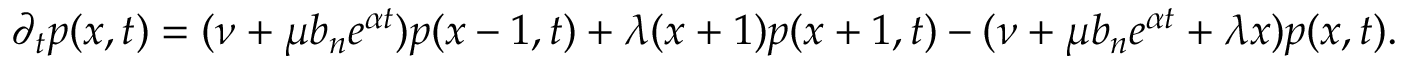
\partial _ { t } p ( x , t ) = ( \nu + \mu b _ { n } e ^ { \alpha t } ) p ( x - 1 , t ) + \lambda ( x + 1 ) p ( x + 1 , t ) - ( \nu + \mu b _ { n } e ^ { \alpha t } + \lambda x ) p ( x , t ) .